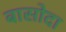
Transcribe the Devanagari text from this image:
बासोदा